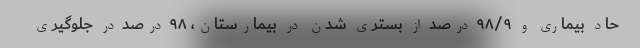
حاد بیماری و ۹۸/۹ درصد از بستری شدن در بیمارستان، ۹۸ درصد در جلوگیری